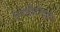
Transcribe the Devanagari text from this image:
एनडीटीव्ही९